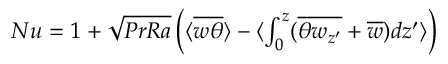
\begin{array} { r } { N u = 1 + \sqrt { P r R a } \left( \langle \overline { { w \theta } } \rangle - \langle \int _ { 0 } ^ { z } ( \overline { { \theta w _ { z ^ { \prime } } } } + \overline { { w } } ) d z ^ { \prime } \rangle \right) } \end{array}